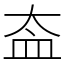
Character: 盇